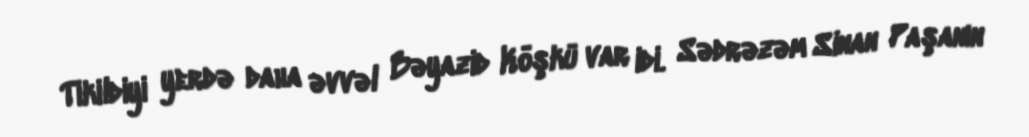
Tikildiyi yerdə daha əvvəl Bəyazid Köşkü var idi. Sədrəzəm Sinan Paşanın